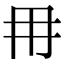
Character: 𭁠